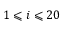
1 \leqslant i \leqslant 2 0